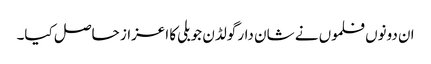
ان دونوں فلموں نے شان دار گولڈن جوبلی کا اعزاز حاصل کیا۔